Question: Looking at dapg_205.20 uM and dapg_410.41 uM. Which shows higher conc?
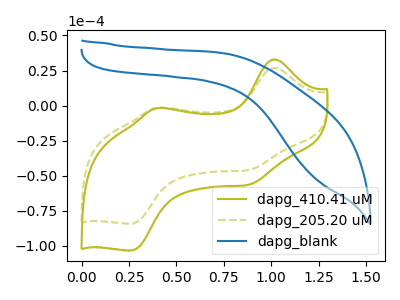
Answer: <think>The olive curve "dapg_410.41 uM" has anodic peaks at (1.00V, 32.95uA) (0.40V, -1.90uA) and cathodic peaks at (0.90V, -56.30uA) (0.25V, -103.20uA). The olive dashed curve "dapg_205.20 uM" has anodic peaks at (1.00V, 26.85uA) (0.40V, -1.55uA) and cathodic peaks at (0.90V, -45.85uA) (0.25V, -84.05uA). The blue curve "dapg_blank" has no peaks.
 All the peaks in "dapg_205.20 uM" have a peak in "dapg_410.41 uM" at the same potential.</think>
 <answer>I cant tell if "dapg_205.20 uM" or "dapg_410.41 uM" has higher concentration.</answer>
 <eval>mixed_concentration</eval>